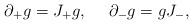
LaTeX: \begin{align*}\partial_+ g = J_+ g,{}~~~~\partial_- g = gJ_-, \end{align*}